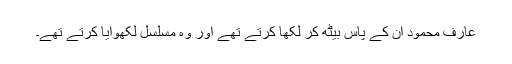
عارف محمود ان کے پاس بیٹھ کر لکھا کرتے تھے اور وہ مسلسل لکھوایا کرتے تھے۔